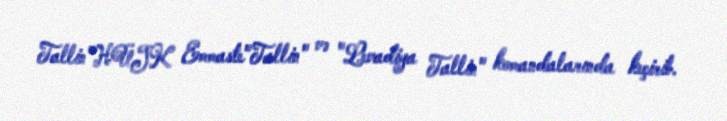
Tallin"HÜJK Emmaste"Tallin" və "Levadiya Tallin" komandalarında keçirib.